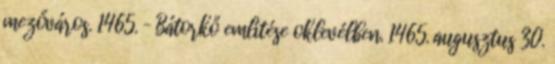
mezőváros. 1465. – Bátorkő említése oklevélben. 1465. augusztus 30.